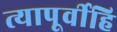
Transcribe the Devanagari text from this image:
त्यापूर्वीहि